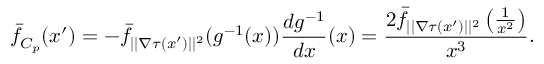
\bar { f } _ { C _ { p } } ( x ^ { \prime } ) = - \bar { f } _ { | | \nabla \tau ( x ^ { \prime } ) | | ^ { 2 } } ( g ^ { - 1 } ( x ) ) \frac { d g ^ { - 1 } } { d x } ( x ) = \frac { 2 \bar { f } _ { | | \nabla \tau ( x ^ { \prime } ) | | ^ { 2 } } \left( \frac { 1 } { x ^ { 2 } } \right) } { x ^ { 3 } } .